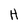
Character: H